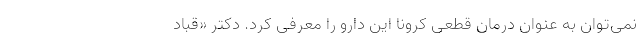
نمی‌توان به عنوان درمان قطعی کرونا این دارو را معرفی کرد. دکتر «قباد